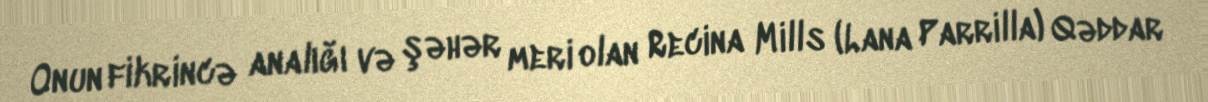
Onun fikrincə analığı və şəhər meri olan Recina Mills (Lana Parrilla) Qəddar